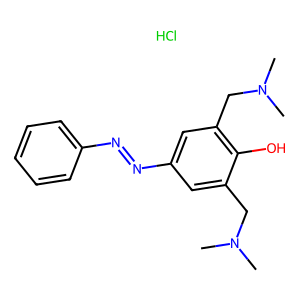
SMILES: CN(C)Cc1cc(N=Nc2ccccc2)cc(CN(C)C)c1O.Cl
Inhibits HIV replication: No